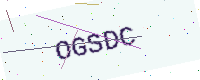
Text: OGSDC